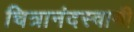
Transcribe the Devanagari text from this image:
चित्रानंदस्वामी